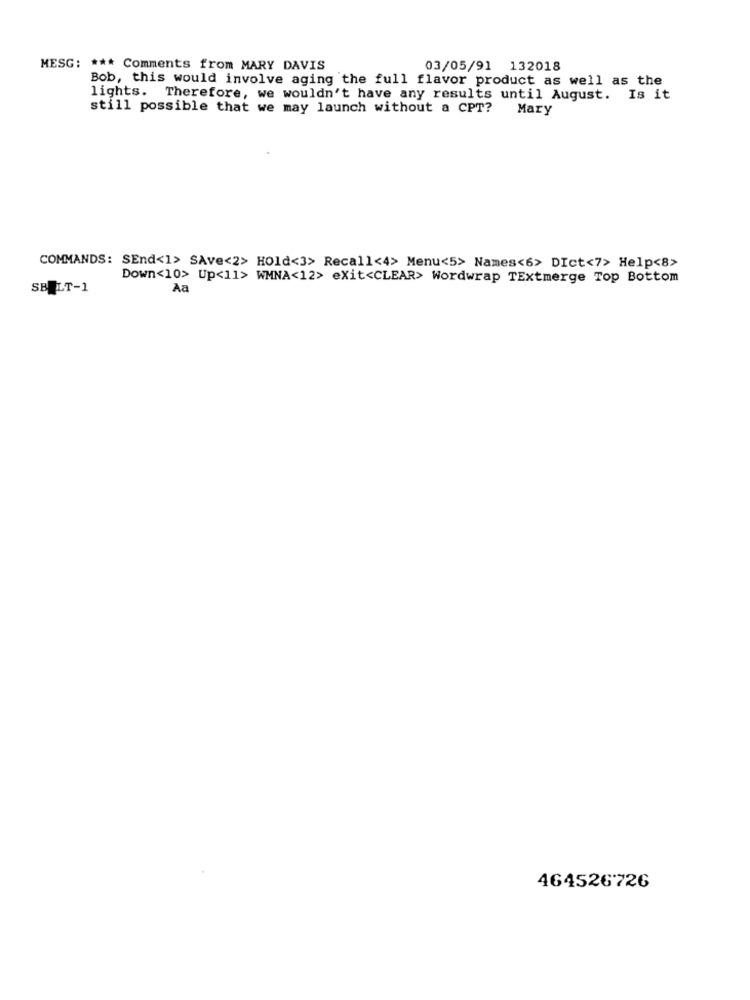
MESG: *** Comments from MARY DAVIS
03/05/91 132018
Bob, this would involve aging the full flavor product as well as the
lights. Therefore, we wouldn't have any results until August. Is it
still possible that we may launch without a CPT? Mary
COMMANDS: SEnd<1> SAve<2> Hold<3> Recall<4> Menu<5> Names<6> DIct<7> Help<8>
Down<10> Up<11> WMNA<12> exit<CLEAR> Wordwrap TExtmerge Top Bottom
SBULT-1
Aa
464526726